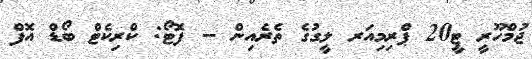
ޖުމްހޫރީ ޓީ20 ޕްރިމިއަރ ލީގުގެ ތެރެއިން -- ފޮޓޯ: ކްރިކެޓް ބޯޑް އޮފް